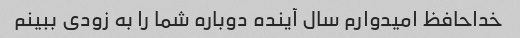
خداحافظ امیدوارم سال آینده دوباره شما را به زودی ببینم